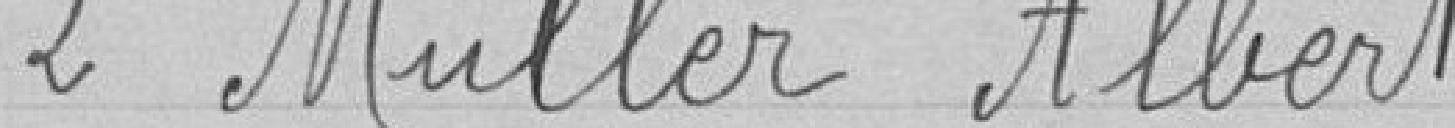
2 Muller Albert